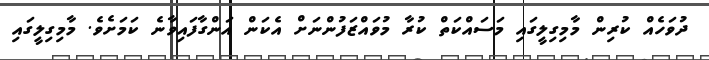
ދުވަހެއް ކުރިން މާމިގިލީގައި މަސައްކަތް ކުރާ މުވައްޒަފުންނަށް އެކަން އަންގާފައިވާނެ ކަމަށެވެ. މާމިގިލީގައި